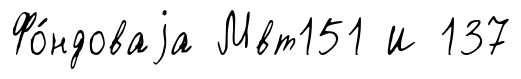
Фо́ндоваjа Мвт151 И 137